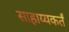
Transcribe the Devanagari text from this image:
साहाय्यकर्तं